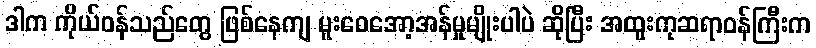
ဒါက ကိုယ်ဝန်သည်တွေ ဖြစ်နေကျ မူးဝေအော့အန်မှုမျိုးပါပဲ ဆိုပြီး အထူးကုဆရာဝန်ကြီးက